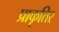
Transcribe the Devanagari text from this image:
प्राकृतिर